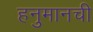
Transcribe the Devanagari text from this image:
हनुमानची